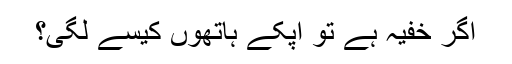
اگر خفیہ ہے تو آپکے ہاتھوں کیسے لگی؟